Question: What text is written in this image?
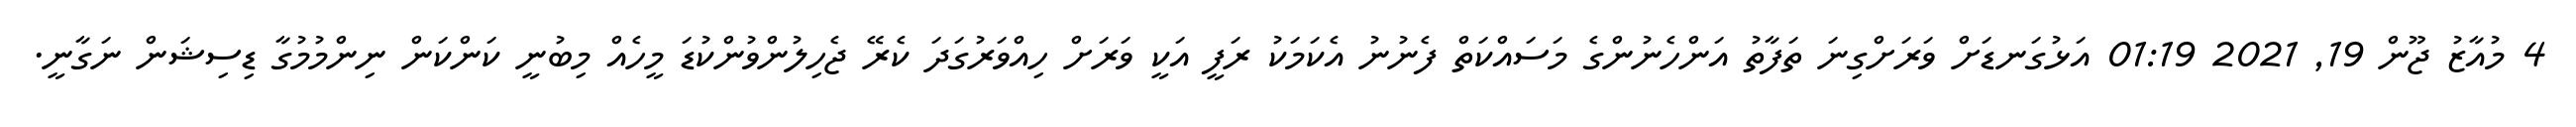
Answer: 4 މުއާޒު ޖޫން 19, 2021 01:19 އަޅުގަނޑަށް ވަރަށްގިނަ ތަފާތު އަންހެނުންގެ މަސައްކަތް ފެނުނު އެކަމަކު ރަފީ އަކީ ވަރަށް ހިއްވަރުގަދަ ކެރޭ ޖެހިލުންވުންކުޑަ މީހެއް މިބުނީ ކަންކަން ނިންމުމުގާ ޑިސިޝަން ނަގާނީ.